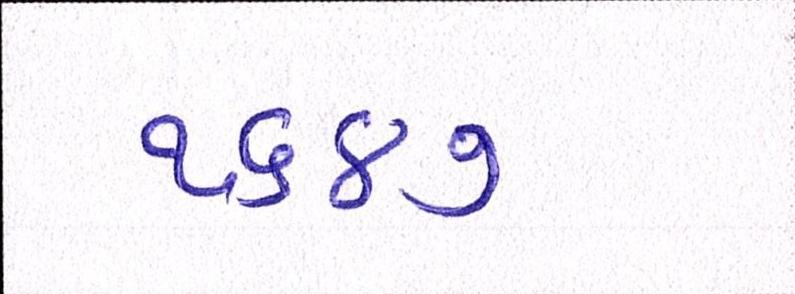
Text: ૧૬૪૭